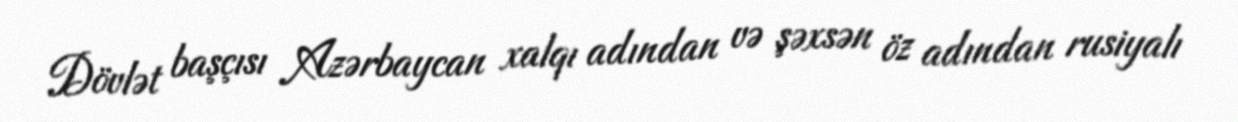
Dövlət başçısı Azərbaycan xalqı adından və şəxsən öz adından rusiyalı